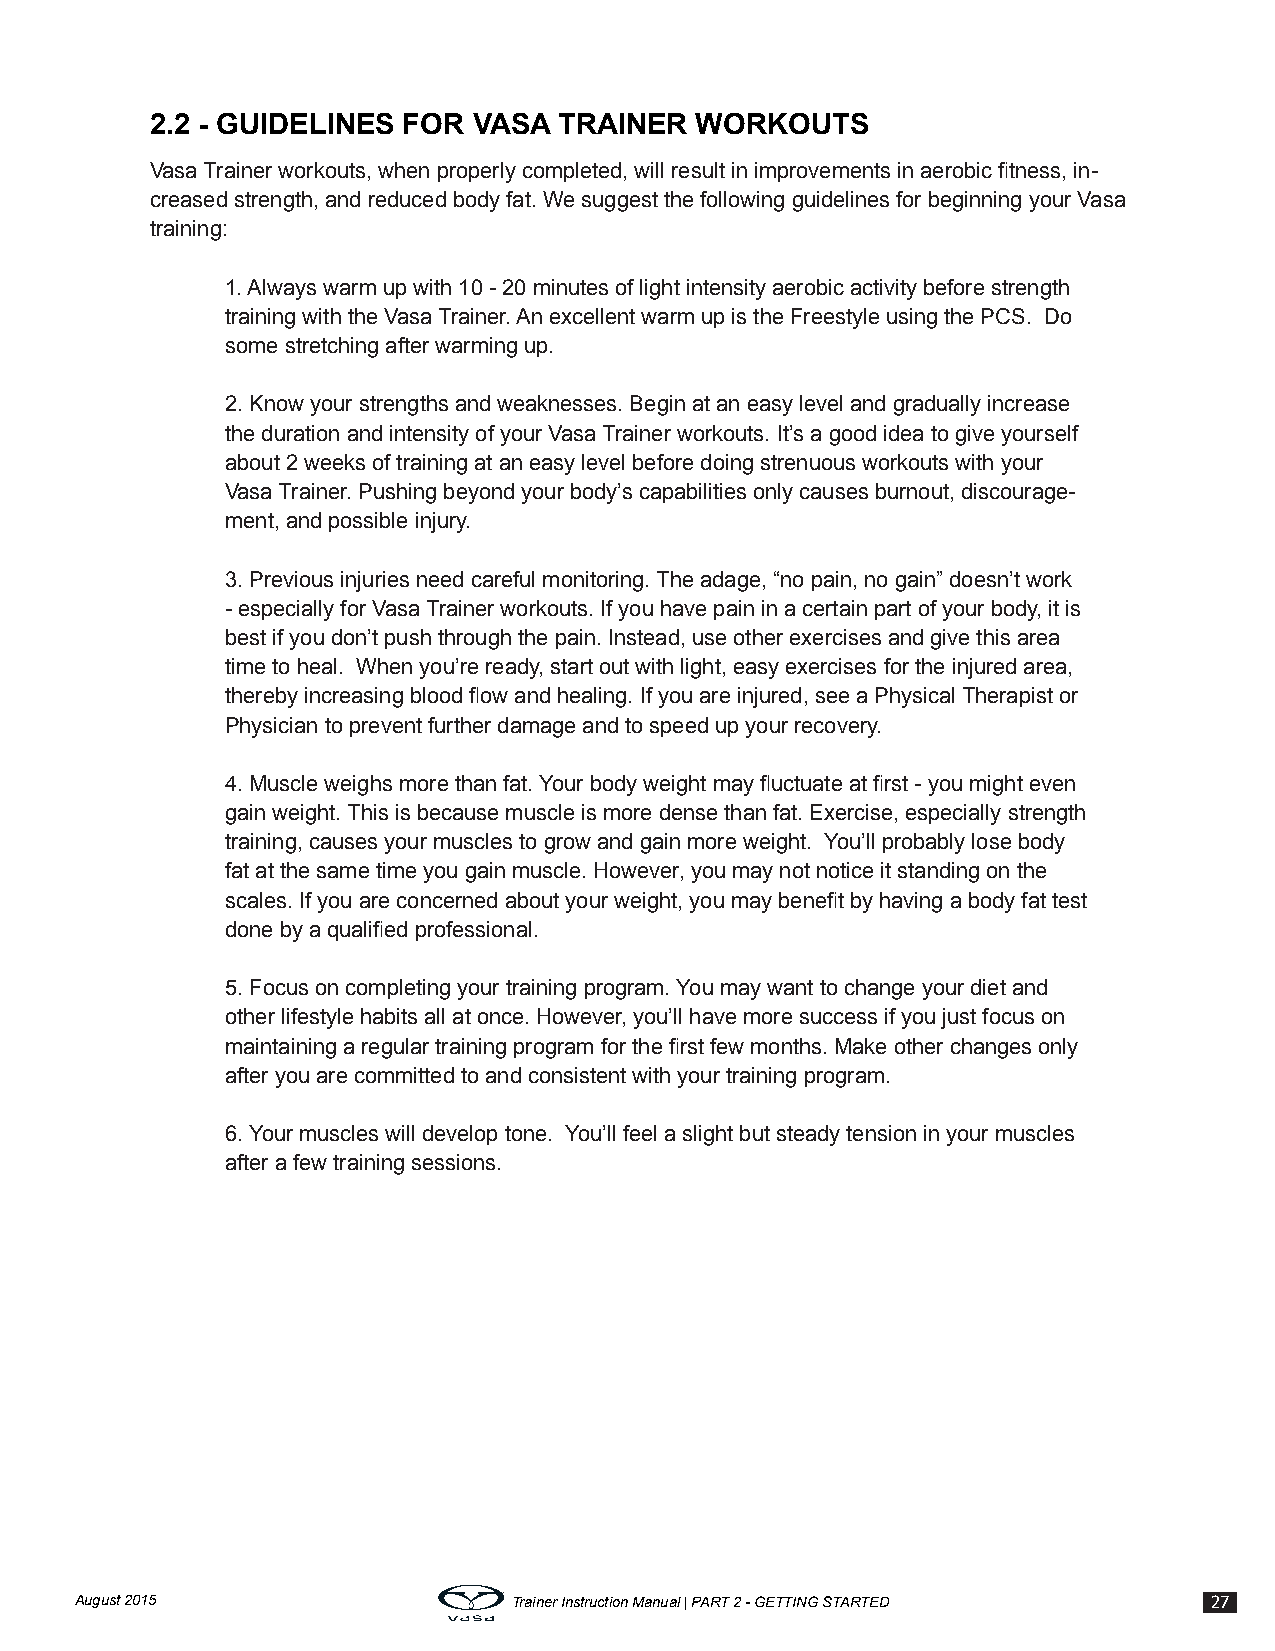
2.2 - GUIDELINES FOR VASA  TRAINER  WORKOUTS
 Vasa Trainer workouts, when properly completed, will result in improvements in aerobic fitness, in-
 creased strength, and reduced body fat. We suggest the following guidelines for beginning your Vasa
 training:
 1. Always warm up with 10 - 20 minutes of light intensity aerobic activity before strength
 training with the Vasa Trainer. An excellent warm up is the Freestyle using the PCS. Do
 some stretching after warming up.
 2. Know your strengths and weaknesses. Begin at an easy level and gradually increase
 the duration and intensity of your Vasa Trainer workouts. It’s a good idea to give yourself
 about 2 weeks of training at an easy level before doing strenuous workouts with your
 Vasa Trainer. Pushing beyond your body’s capabilities only causes burnout, discourage-
 ment, and possible injury.
 3. Previous injuries need careful monitoring. The adage, “no pain, no gain” doesn’t work
 - especially for Vasa Trainer workouts. If you have pain in a certain part of your body, it is
 best if you don’t push through the pain. Instead, use other exercises and give this area
 time to heal. When you’re ready, start out with light, easy exercises for the injured area,
 thereby increasing blood flow and healing. If you are injured, see a Physical Therapist or
 Physician to prevent further damage and to speed up your recovery.
 4. Muscle weighs more than fat. Your body weight may fluctuate at first - you might even
 gain weight. This is because muscle is more dense than fat. Exercise, especially strength
 training, causes your muscles to grow and gain more weight. You’ll probably lose body
 fat at the same time you gain muscle. However, you may not notice it standing on the
 scales. If you are concerned about your weight, you may benefit by having a body fat test
 done by a qualified professional.
 5. Focus on completing your training program. You may want to change your diet and
 other lifestyle habits all at once. However, you’ll have more success if you just focus on
 maintaining a regular training program for the first few months. Make other changes only
 after you are committed to and consistent with your training program.
 6. Your muscles will develop tone. You’ll feel a slight but steady tension in your muscles
 after a few training sessions.
 August 2015                  Trainer Instruction Manual | PART 2 - GETTING STARTED 27